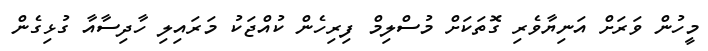
މީހުން ވަަރަށް އަނިޔާވެރި ގޮތަކަށް މުސްލިމް ފިރިހެން ކުއްޖަކު މަރައިލި ހާދިސާއާ ގުޅިގެން